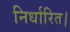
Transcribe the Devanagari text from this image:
निर्धारित।